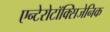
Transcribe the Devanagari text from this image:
एन्टेरोटॉक्सिजेनिक